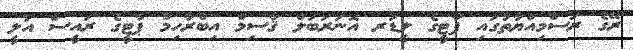
ރޭގެ ރަސްމިއްޔާތުގައި ޕާޓީގެ ލީޑަރ އޮނަރަބަލް ޤާސިމް އިބްރާހިމް ޕާޓީގެ ރައީސް އަލީ